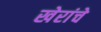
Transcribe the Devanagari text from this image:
खेरांचे